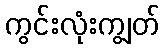
ကွင်းလုံးကျွတ်